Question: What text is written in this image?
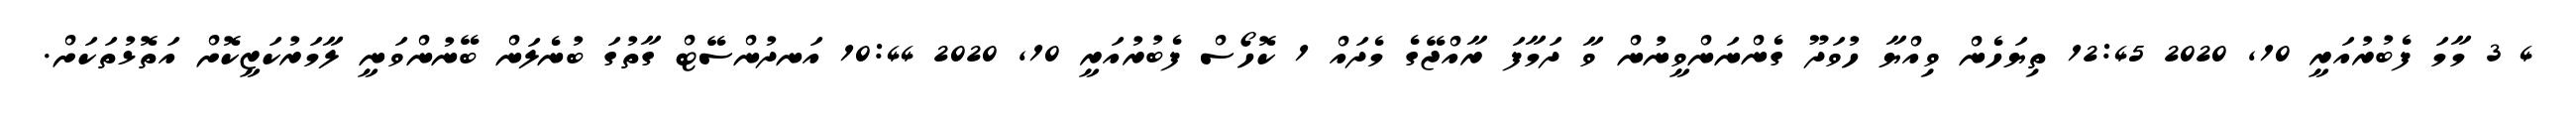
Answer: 4 3 މާމަ ފެބުރުއަރީ 10, 2020 12:45 ތިޔަހެން ވިއްޔާ ހުވަދޫ ގެންނަންވީނުން ވާ ދަމާފަ ރާއްޖޭގެ މެދައް 1 ކޮހޯސް ފެބުރުއަރީ 10, 2020 10:44 އަނދުންސޭޓް ގާތުގަ ބުނެލަން ބޭނުންވަނީ ލާމަރުކަޒީކޮށް އަތޮޅުތަކަށް.